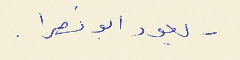
- يعود ابو نصرا .